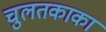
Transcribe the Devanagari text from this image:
चुलतकाका